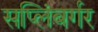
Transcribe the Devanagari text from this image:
सप्लिंबर्गर